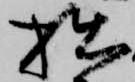
拙